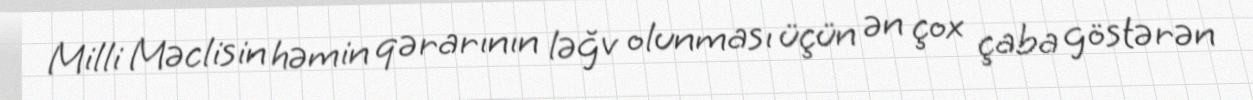
Milli Məclisin həmin qərarının ləğv olunması üçün ən çox çaba göstərən